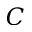
C